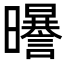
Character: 𣌈